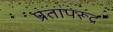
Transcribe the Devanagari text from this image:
प्रतापरूद्र